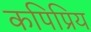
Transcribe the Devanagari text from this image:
कपिप्रिय